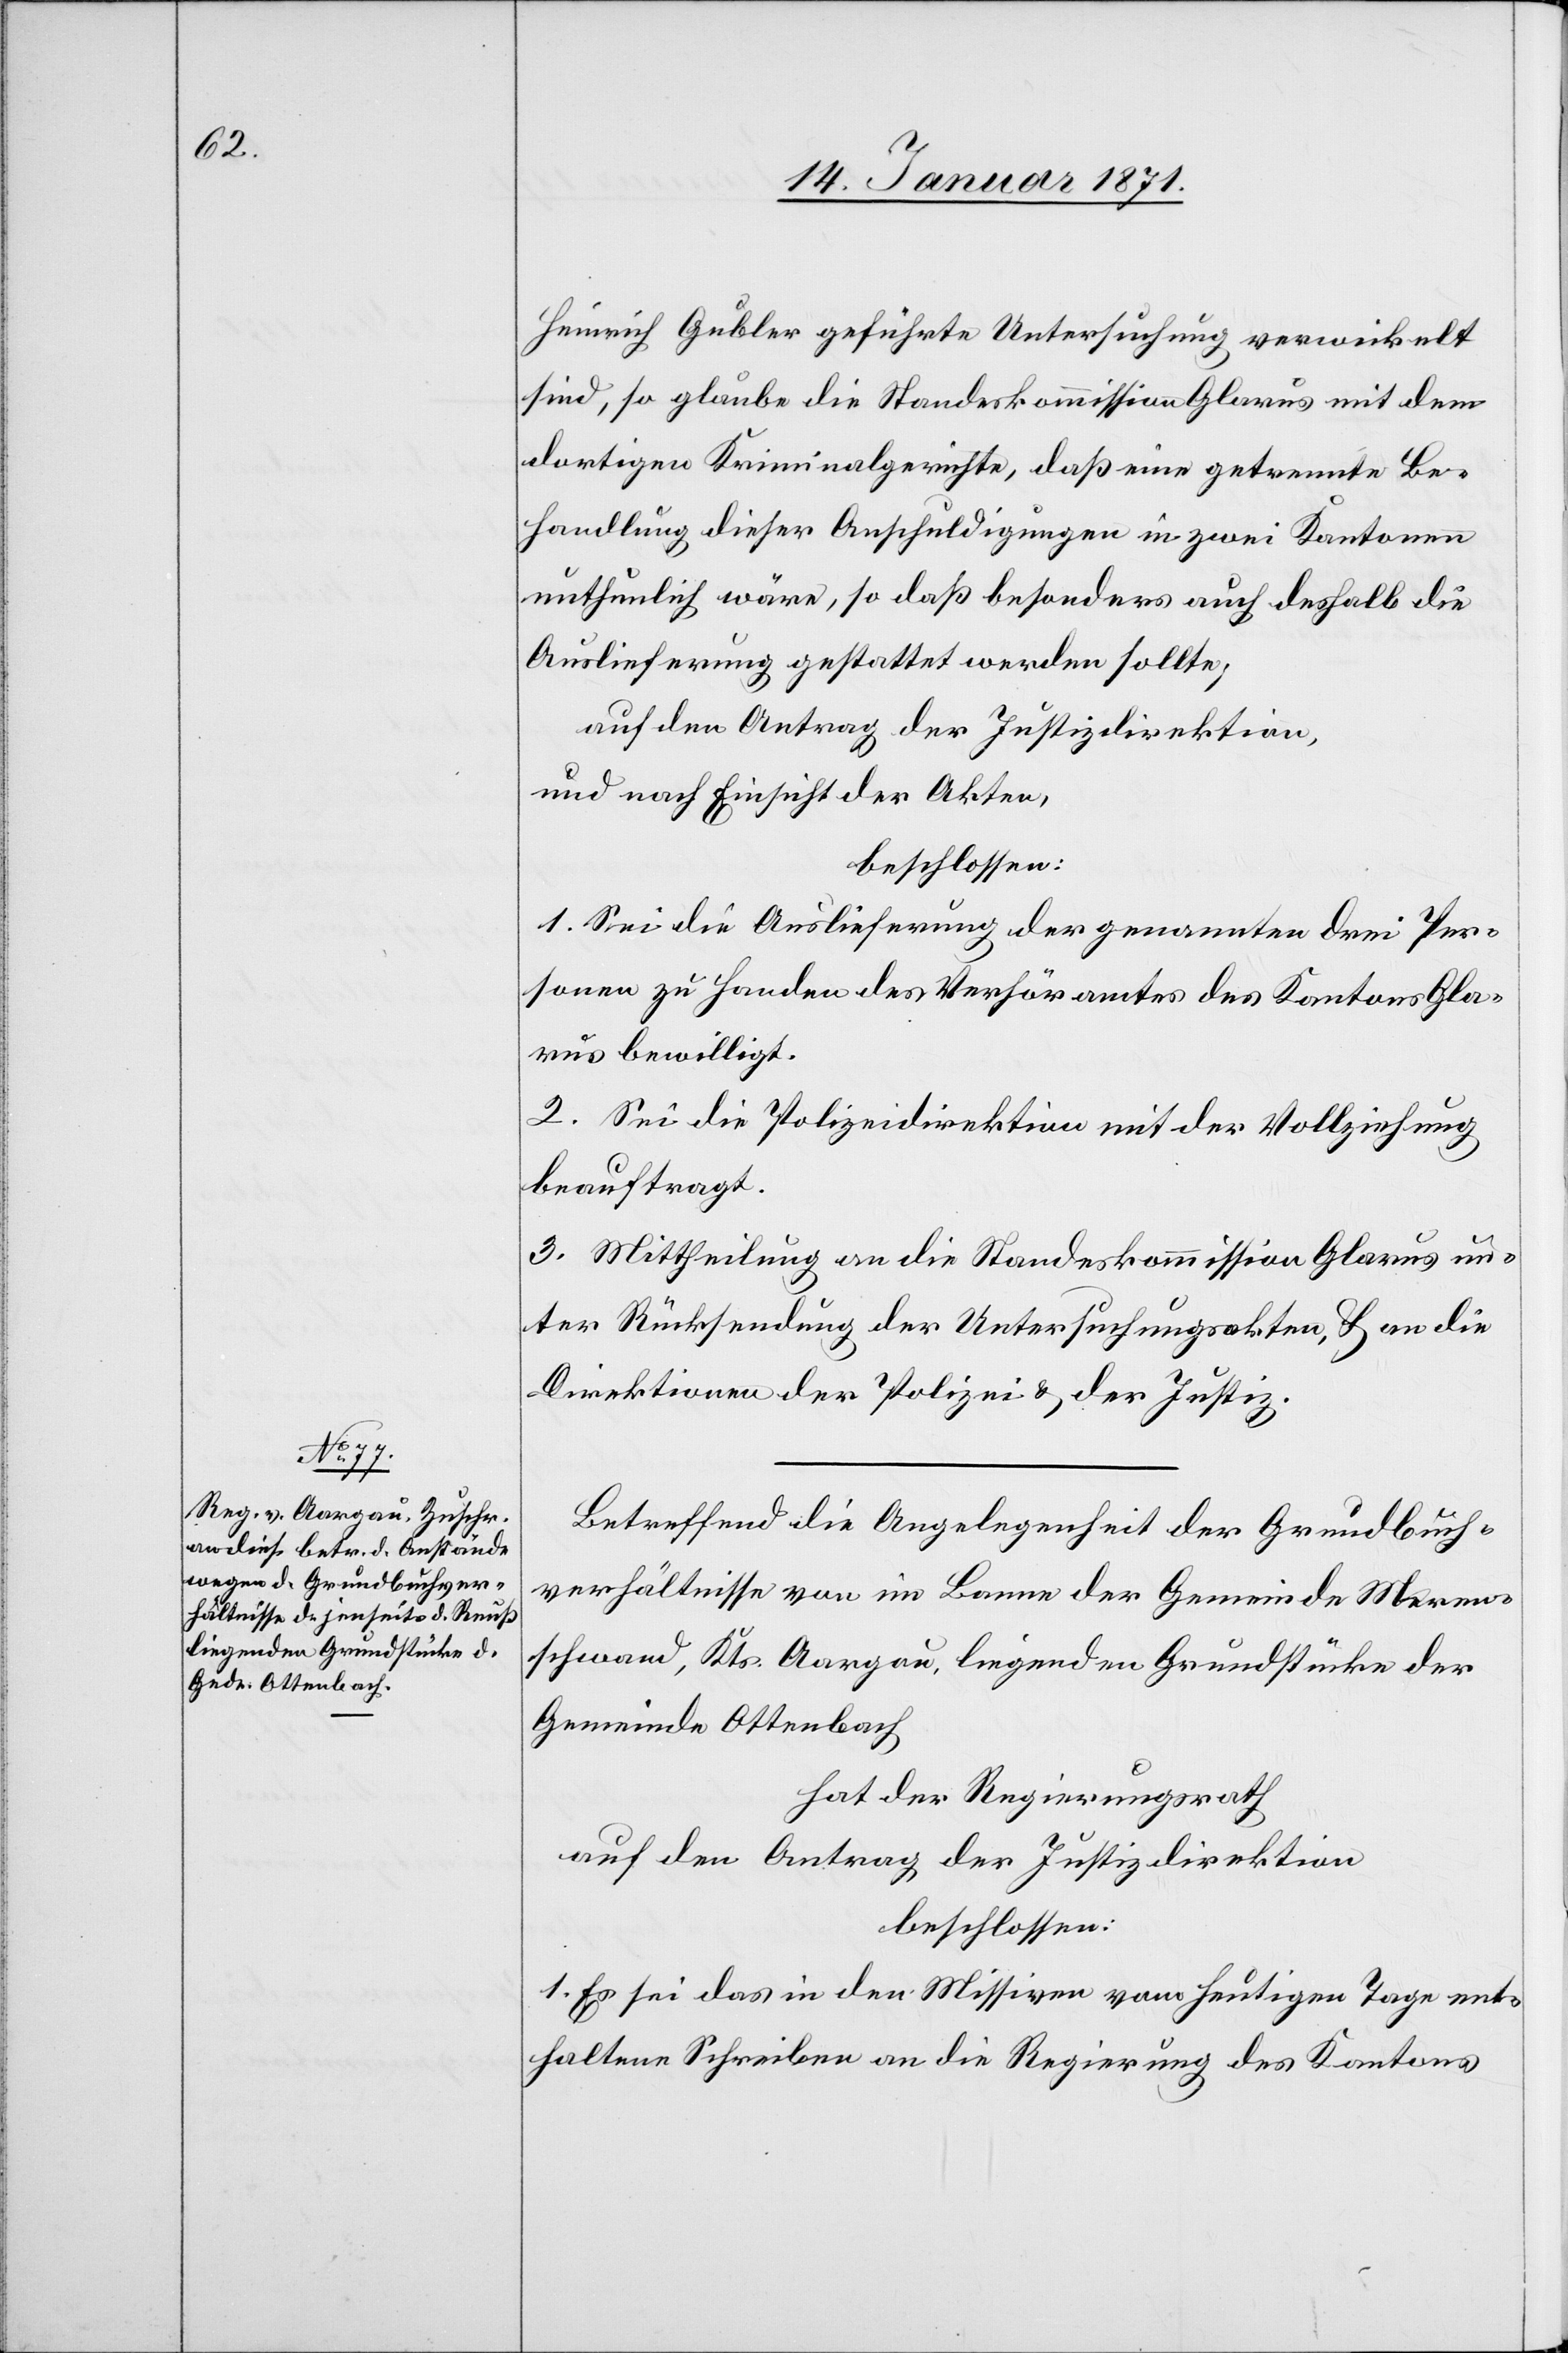
Heinrich Gubler geführte Untersuchung verwickelt
sind, so glaube die Standeskommission Glarus mit dem
dortigen Kriminalgerichte, daß eine getrennte Be¬
handlung dieser Anschuldigungen in zwei Kantonen
unthunlich wäre, so daß besonders auch deshalb die
Auslieferung gestattet werden sollte,
auf den Antrag der Justizdirektion,
und nach Einsicht der Akten,
beschlossen:
1. Sei die Auslieferung der genannten drei Per¬
sonen zu Handen des Verhöramtes des Kantons Gla¬
rus bewilligt.
2. Sei die Polizeidirektion mit der Vollziehung
beauftragt.
3. Mittheilung an die Standeskommission Glarus un¬
ter Rücksendung der Untersuchungsakten, u. an die
Direktion der Polizei u. der Justiz.
Betreffend die Angelegenheit der Grundbuch¬
verhältnisse von im Banne der Gemeinde Meren¬
schwand, Kts. Aargau, liegenden Grundstücke der
Gemeinde Ottenbach
hat der Regierungsrath
auf den Antrag der Justizdirektion
beschlossen:
1. Es sei das in den Missiven vom heutigen Tage ent¬
haltene Schreiben an die Regierung des Kantons